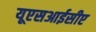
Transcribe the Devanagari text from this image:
यूएसआईसीए